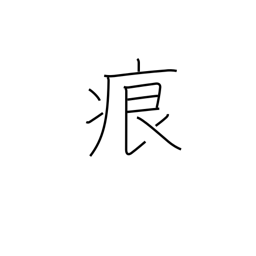
Meaning: foot print